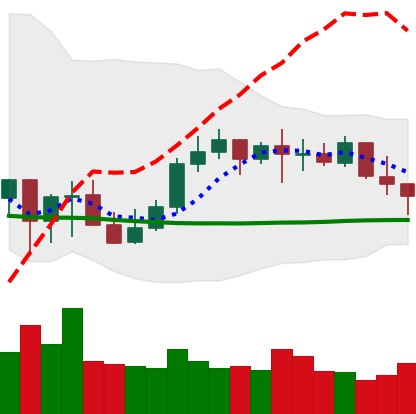
Ticker: LINK-USD
Chart end date: 2021-10-12
Forward return: 7.786%
Label: up_7plus